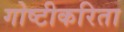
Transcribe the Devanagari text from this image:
गोष्टीकरिता